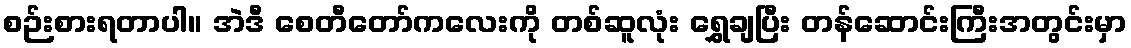
စဉ်းစားရတာပါ။ အဲဒီ စေတီတော်ကလေးကို တစ်ဆူလုံး ရွှေချပြီး တန်ဆောင်းကြီးအတွင်းမှာ